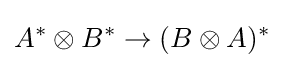
A^{*}\otimes B^{*}\to (B\otimes A)^{*}